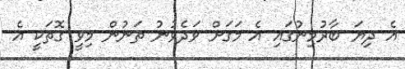
އެ ދިޔަ ބާރުމިނުގައި އެ މަގަށް ވަދެވުނު ތަނުން މިވީ ގޮތަކީ އެ